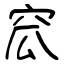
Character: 窊